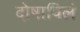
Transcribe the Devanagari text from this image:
दोषाविलं